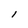
Character: l